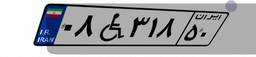
۰۸W۳۱۸۵۰